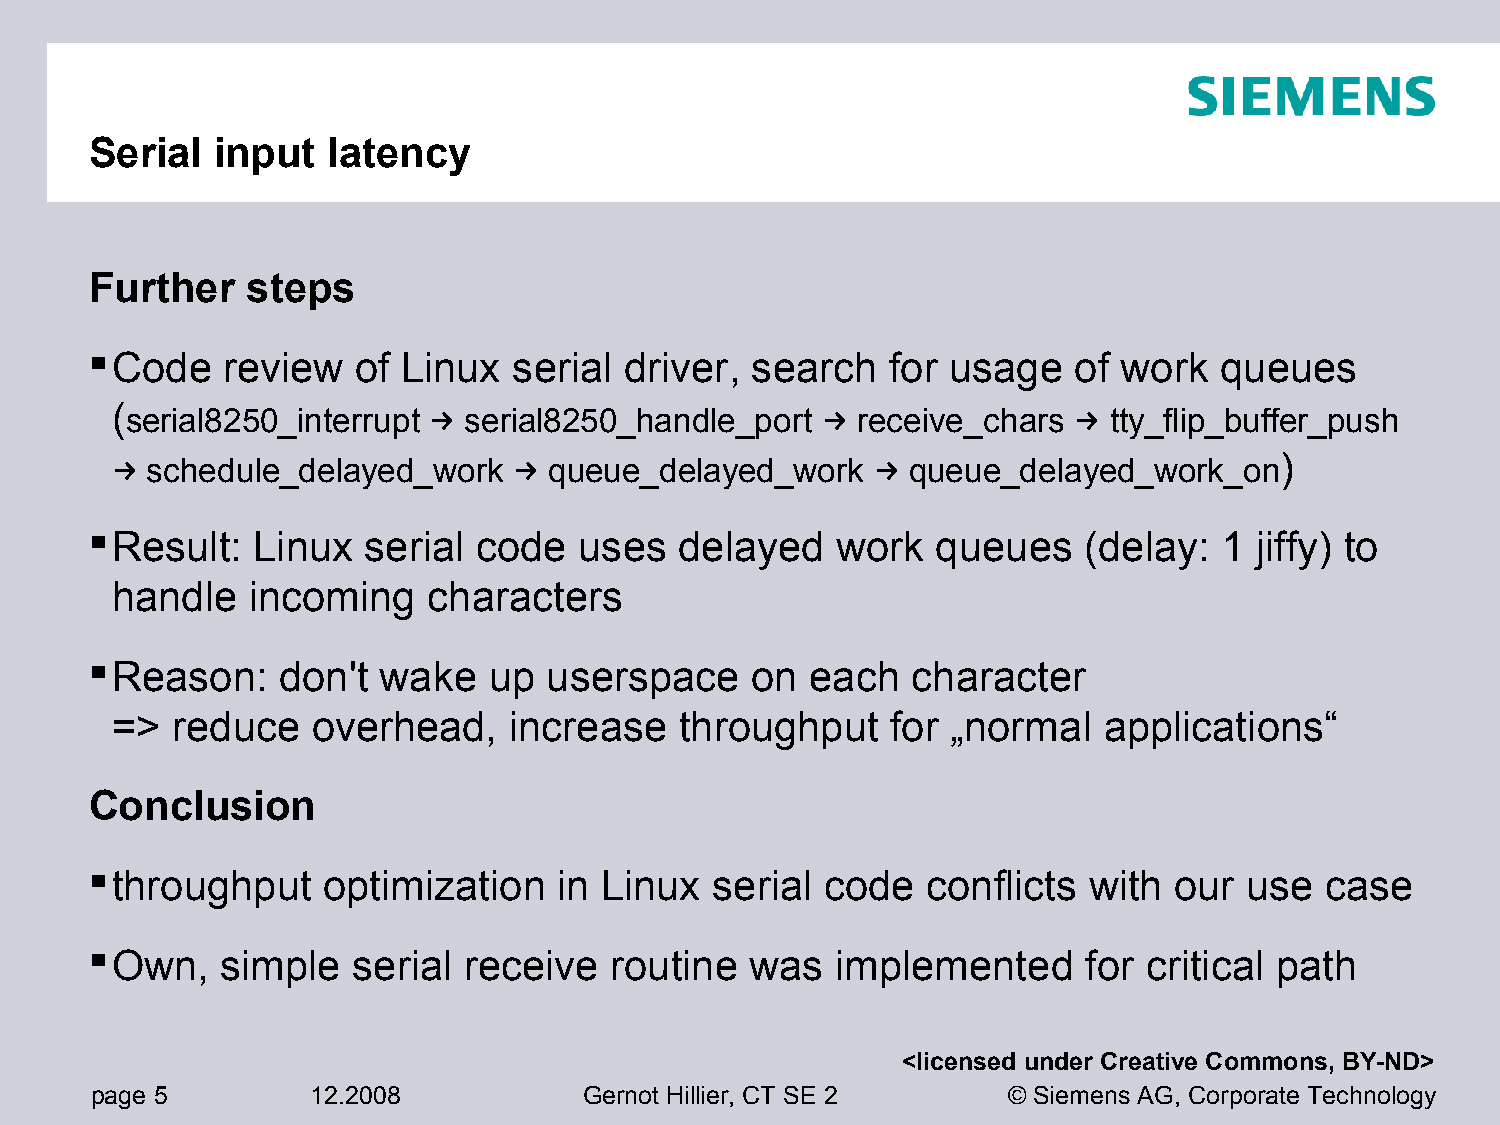
Serial  input   latency
 Further   steps
 Code    review   of Linux  serial driver,  search   for usage   of work   queues
 ( serial8250_interrupt → serial8250_handle_port → receive_chars → tty_flip_buffer_push
 →  schedule_delayed_work   → queue_delayed_work    → queue_delayed_work_on)
 Result:   Linux  serial  code  uses   delayed   work   queues    (delay:  1 jiffy) to
 handle   incoming    characters
 Reason:    don't  wake   up  userspace     on  each  character
 =>  reduce    overhead,    increase   throughput    for „normal   applications“
 Conclusion
 throughput    optimization    in Linux  serial  code  conflicts  with  our use   case
 Own,    simple  serial  receive  routine   was  implemented      for critical path
 <licensed under Creative Commons, BY-ND>
 page 5         12.2008           Gernot Hillier, CT SE 2     © Siemens AG, Corporate Technology